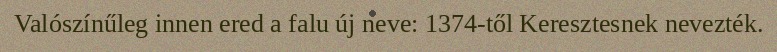
Valószínűleg innen ered a falu új neve: 1374-től Keresztesnek nevezték.